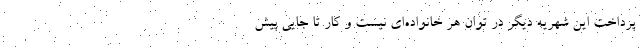
پرداخت این شهریه دیگر در توان هر خانواده‌ای نیست و کار تا جایی پیش